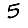
Digit: 5